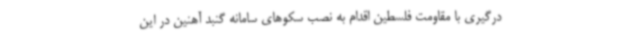
درگیری با مقاومت فلسطین اقدام به نصب سکوهای سامانه گنبد آهنین در این